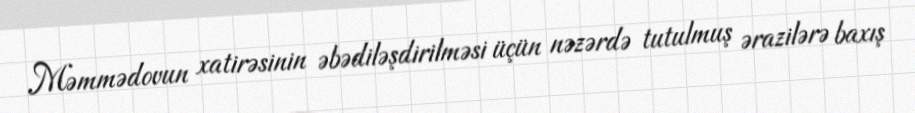
Məmmədovun xatirəsinin əbədiləşdirilməsi üçün nəzərdə tutulmuş ərazilərə baxış